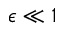
\epsilon \ll 1